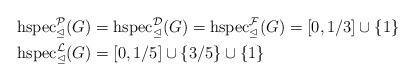
LaTeX: \begin{align*} \textup{hspec}^{\mathcal{P}}_{\trianglelefteq}(G) &= \textup{hspec}^{\mathcal{D}}_{\trianglelefteq}(G) = \textup{hspec}^{\mathcal{F}}_{\trianglelefteq}(G) = [0,1/3] \cup \{1\} \\ \textup{hspec}^{\mathcal{L}}_{\trianglelefteq}(G) &= [0,1/5] \cup \{3/5\}\cup \{1\} \end{align*}